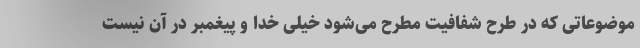
موضوعاتی که در طرح شفافیت مطرح می‌شود خیلی خدا و پیغمبر در آن نیست